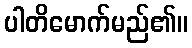
ပါတိမောက်မည်၏။